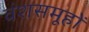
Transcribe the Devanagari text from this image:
वंशसमूहों